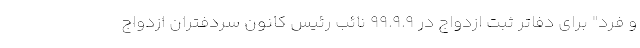
و فرد" برای دفاتر ثبت ازدواج در ۹۹.۹.۹ نائب رئیس کانون سردفتران ازدواج